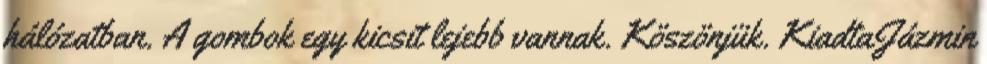
hálózatban. A gombok egy kicsit lejebb vannak. Köszönjük. KiadtaJázmin